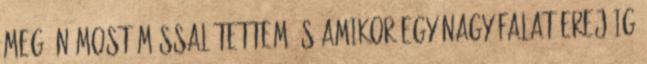
meg,én most mással tettem,és amikor egy nagy falat erejéig